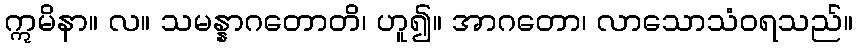
ဣမိနာ။ လ။ သမန္နာဂတောတိ၊ ဟူ၍။ အာဂတော၊ လာသောသံဝရသည်။